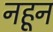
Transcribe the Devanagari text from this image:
नहून